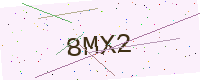
Text: 8MX2